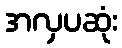
အလှပဆုံး